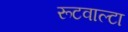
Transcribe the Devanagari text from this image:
रूटवाल्टा